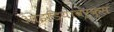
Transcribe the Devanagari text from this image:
आइडियावर्क्स